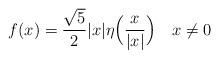
LaTeX: \begin{align*}f(x) = \frac{\sqrt{5}}{2}|x|\eta\Bigl(\frac{x}{|x|}\Bigr)\ \ \ x \neq 0\end{align*}